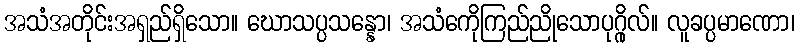
အသံအတိုင်းအရှည်ရှိသော။ ဃောသပ္ပသန္နော၊ အသံကေိုကြည်ညိုသောပုဂ္ဂိုလ်။ လူခပ္ပမာဏော၊